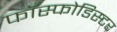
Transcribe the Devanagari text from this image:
फॉस्फोडिस्टर